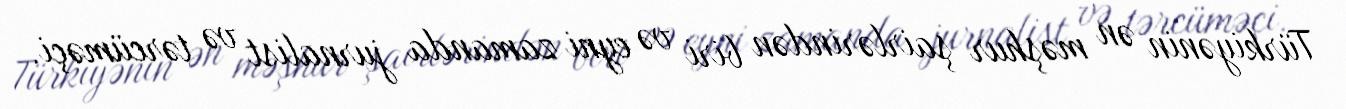
Türkiyənin ən məşhur şairlərindən biri və eyni zamanda jurnalist və tərcüməçi.